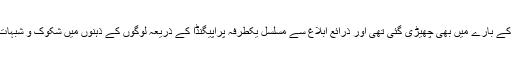
میڈیا پر شراب کے حوالہ سے جس بحث کا آغاز ہوگیا ہے بالکل اسی نوعیت کی بحث حدود آرڈیننس کے بارے میں بھی چھیڑی گئی تھی اور ذرائع ابلاغ سے مسلسل یکطرفہ پراپیگنڈا کے ذریعہ لوگوں کے ذہنوں میں شکوک و شبہات کی فضا قائم کرنے کے بعد حدود آرڈیننس میں ترامیم کا ایکٹ لا کر اسے غیر مؤثر کر دیا گیا ہے۔